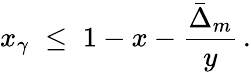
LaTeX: x_{\gamma}\; \leq\; 1-x-\frac{\bar{\Delta}_{m}}{y}\, .